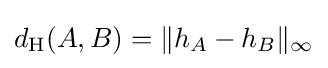
d_{\mathrm {H} }(A,B)=\|h_{A}-h_{B}\|_{\infty }